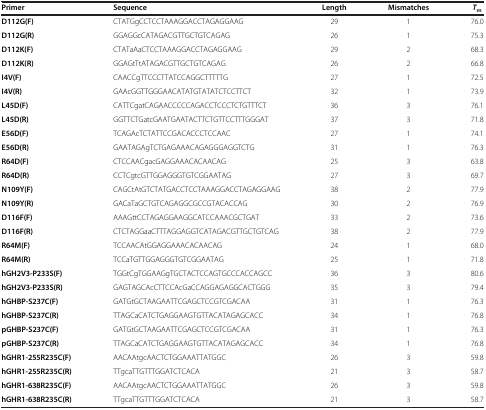
<table><thead><tr><td><b>Primer</b></td><td><b>Sequence</b></td><td><b>Length</b></td><td><b>Mismatches</b></td><td><b><i>T</i><sub>m</sub></b></td></tr></thead><tbody><tr><td><b>D112G(F)</b></td><td>CTATGgCCTCCTAAAGGACCTAGAGGAAG</td><td>29</td><td>1</td><td>76.0</td></tr><tr><td><b>D112G(R)</b></td><td>GGAGGcCATAGACGTTGCTGTCAGAG</td><td>26</td><td>1</td><td>75.3</td></tr><tr><td><b>D112K(F)</b></td><td>CTATaAaCTCCTAAAGGACCTAGAGGAAG</td><td>29</td><td>2</td><td>68.3</td></tr><tr><td><b>D112K(R)</b></td><td>GGAGtTtATAGACGTTGCTGTCAGAG</td><td>26</td><td>2</td><td>66.8</td></tr><tr><td><b>I4V(F)</b></td><td>CAACCgTTCCCTTATCCAGGCTTTTTG</td><td>27</td><td>1</td><td>72.5</td></tr><tr><td><b>I4V(R)</b></td><td>GAAcGGTTGGGAACATATGTATATCTCCTTCT</td><td>32</td><td>1</td><td>73.9</td></tr><tr><td><b>L45D(F)</b></td><td>CATTCgatCAGAACCCCCAGACCTCCCTCTGTTTCT</td><td>36</td><td>3</td><td>76.1</td></tr><tr><td><b>L45D(R)</b></td><td>GGTTCTGatcGAATGAATACTTCTGTTCCTTTGGGAT</td><td>37</td><td>3</td><td>71.8</td></tr><tr><td><b>E56D(F)</b></td><td>TCAGAcTCTATTCCGACACCCTCCAAC</td><td>27</td><td>1</td><td>74.1</td></tr><tr><td><b>E56D(R)</b></td><td>GAATAGAgTCTGAGAAACAGAGGGAGGTCTG</td><td>31</td><td>1</td><td>76.3</td></tr><tr><td><b>R64D(F)</b></td><td>CTCCAACgacGAGGAAACACAACAG</td><td>25</td><td>3</td><td>63.8</td></tr><tr><td><b>R64D(R)</b></td><td>CCTCgtcGTTGGAGGGTGTCGGAATAG</td><td>27</td><td>3</td><td>69.7</td></tr><tr><td><b>N109Y(F)</b></td><td>CAGCtAtGTCTATGACCTCCTAAAGGACCTAGAGGAAG</td><td>38</td><td>2</td><td>77.9</td></tr><tr><td><b>N109Y(R)</b></td><td>GACaTaGCTGTCAGAGGCGCCGTACACCAG</td><td>30</td><td>2</td><td>76.9</td></tr><tr><td><b>D116F(F)</b></td><td>AAAGttCCTAGAGGAAGGCATCCAAACGCTGAT</td><td>33</td><td>2</td><td>73.6</td></tr><tr><td><b>D116F(R)</b></td><td>CTCTAGGaaCTTTAGGAGGTCATAGACGTTGCTGTCAG</td><td>38</td><td>2</td><td>77.9</td></tr><tr><td><b>R64M(F)</b></td><td>TCCAACAtGGAGGAAACACAACAG</td><td>24</td><td>1</td><td>68.0</td></tr><tr><td><b>R64M(R)</b></td><td>TCCaTGTTGGAGGGTGTCGGAATAG</td><td>25</td><td>1</td><td>71.8</td></tr><tr><td><b>hGH2V3-P233S(F)</b></td><td>TGGtCgTGGAAGgTGCTACTCCAGTGCCCACCAGCC</td><td>36</td><td>3</td><td>80.6</td></tr><tr><td><b>hGH2V3-P233S(R)</b></td><td>GAGTAGCAcCTTCCAcGaCCAGGAGAGGCACTGGG</td><td>35</td><td>3</td><td>79.4</td></tr><tr><td><b>hGHBP-S237C(F)</b></td><td>GATGtGCTAAGAATTCGAGCTCCGTCGACAA</td><td>31</td><td>1</td><td>76.3</td></tr><tr><td><b>hGHBP-S237C(R)</b></td><td>TTAGCaCATCTGAGGAAGTGTTACATAGAGCACC</td><td>34</td><td>1</td><td>76.8</td></tr><tr><td><b>pGHBP-S237C(F)</b></td><td>GATGtGCTAAGAATTCGAGCTCCGTCGACAA</td><td>31</td><td>1</td><td>76.3</td></tr><tr><td><b>pGHBP-S237C(R)</b></td><td>TTAGCaCATCTGAGGAAGTGTTACATAGAGCACC</td><td>34</td><td>1</td><td>76.8</td></tr><tr><td><b>hGHR1-255R235C(F)</b></td><td>AACAAtgcAACTCTGGAAATTATGGC</td><td>26</td><td>3</td><td>59.8</td></tr><tr><td><b>hGHR1-255R235C(R)</b></td><td>TTgcaTTGTTTGGATCTCACA</td><td>21</td><td>3</td><td>58.7</td></tr><tr><td><b>hGHR1-638R235C(F)</b></td><td>AACAAtgcAACTCTGGAAATTATGGC</td><td>26</td><td>3</td><td>59.8</td></tr><tr><td><b>hGHR1-638R235C(R)</b></td><td>TTgcaTTGTTTGGATCTCACA</td><td>21</td><td>3</td><td>58.7</td></tr></tbody></table>